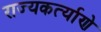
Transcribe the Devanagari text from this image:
राज्यकर्त्याणे